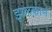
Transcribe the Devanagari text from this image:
झलकाने